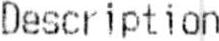
DESCRIPTION